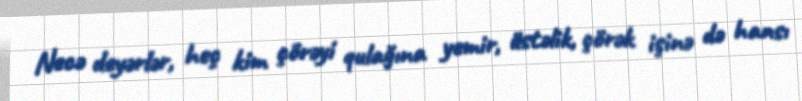
Necə deyərlər, heç kim çörəyi qulağına yemir, üstəlik, çörək işinə də hansı